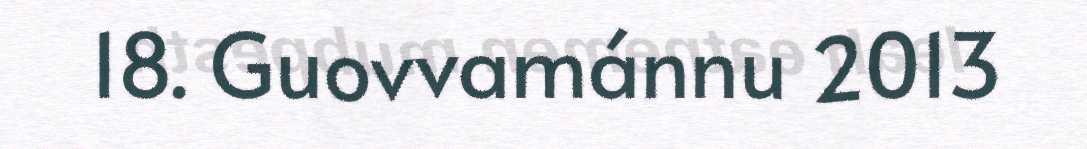
18. Guovvamánnu 2013